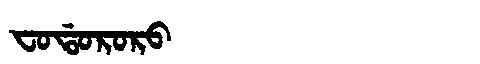
Manchu: ᠸᠣᡩᠣᡵᠣᡵᠣ
Romanization: FODORORO